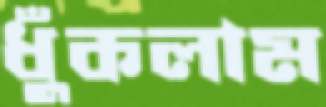
ধুঁকলাম